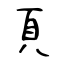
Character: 頁